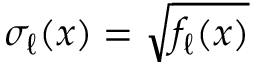
\sigma _ { \ell } ( x ) = \sqrt { f _ { \ell } ( x ) }